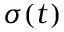
\sigma ( t )